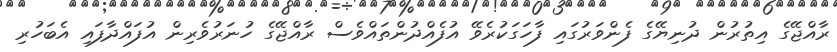
ރާއްޖޭގެ އިތުރުން ދުނިޔޭގެ ފެންވަރުގައި ފާހަގަކުރެވޭ އުފެއްދުންތައްވެސް ރާއްޖޭގެ ހުނަރުވެރިން އުފައްދާފައި އެބަހުރި